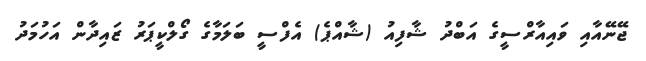
ޖޭނޭއާއި ވައިއާރްސީގެ އަބްދު ޝާފިއު (ޝާއްޕެ) އެފްސީ ބަލަމާގެ ގޯލްކީޕަރު ޒައިދާން އަހުމަދު